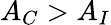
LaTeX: A_{C}>A_{I}